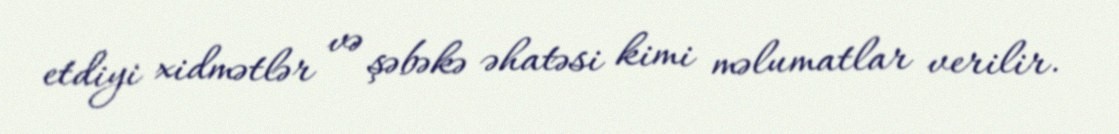
etdiyi xidmətlər və şəbəkə əhatəsi kimi məlumatlar verilir.